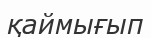
қаймығып